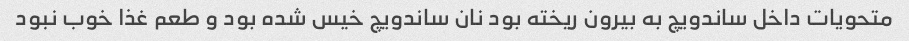
متحویات داخل ساندویچ به بیرون ریخته بود نان ساندویچ خیس شده بود و طعم غذا خوب نبود